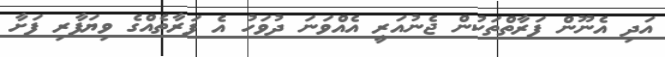
އަދި އެނޫން ފަރާތްތަކުން ޖެނުއަރީ އެއްވަނަ ދުވަހު އެ ފަރާތެއްގެ ވިޔަފާރި ފަށާ